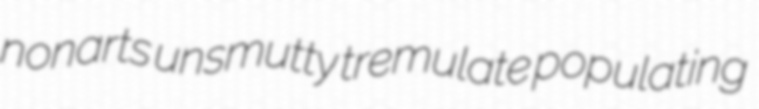
nonarts unsmutty tremulate populating